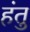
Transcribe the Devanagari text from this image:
हंतु